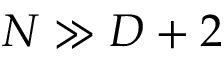
N \gg D + 2